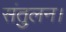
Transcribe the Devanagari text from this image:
संतुलन।